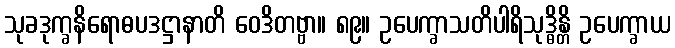
သုခဒုက္ခနိရောဓပဒဋ္ဌာနာတိ ဝေဒိတဗ္ဗာ။ ၈၉။ ဥပေက္ခာသတိပါရိသုဒ္ဓိန္တိ ဥပေက္ခာယ